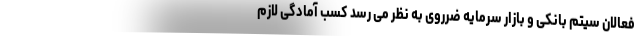
فعالان سیتم بانکی و بازار سرمایه ضرروی به نظر می رسد کسب آمادگی لازم